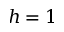
h = 1